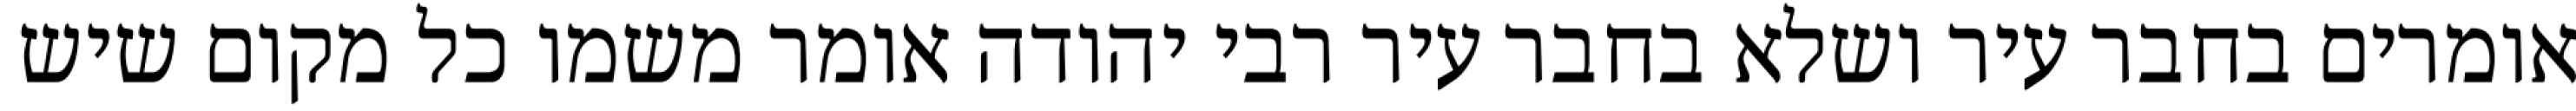
אומרים בחבר עיר ושלא בחבר עיר רבי יהודה אומר משמו כל מקום שיש